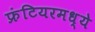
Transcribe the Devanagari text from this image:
फ्रंटियरमध्ये